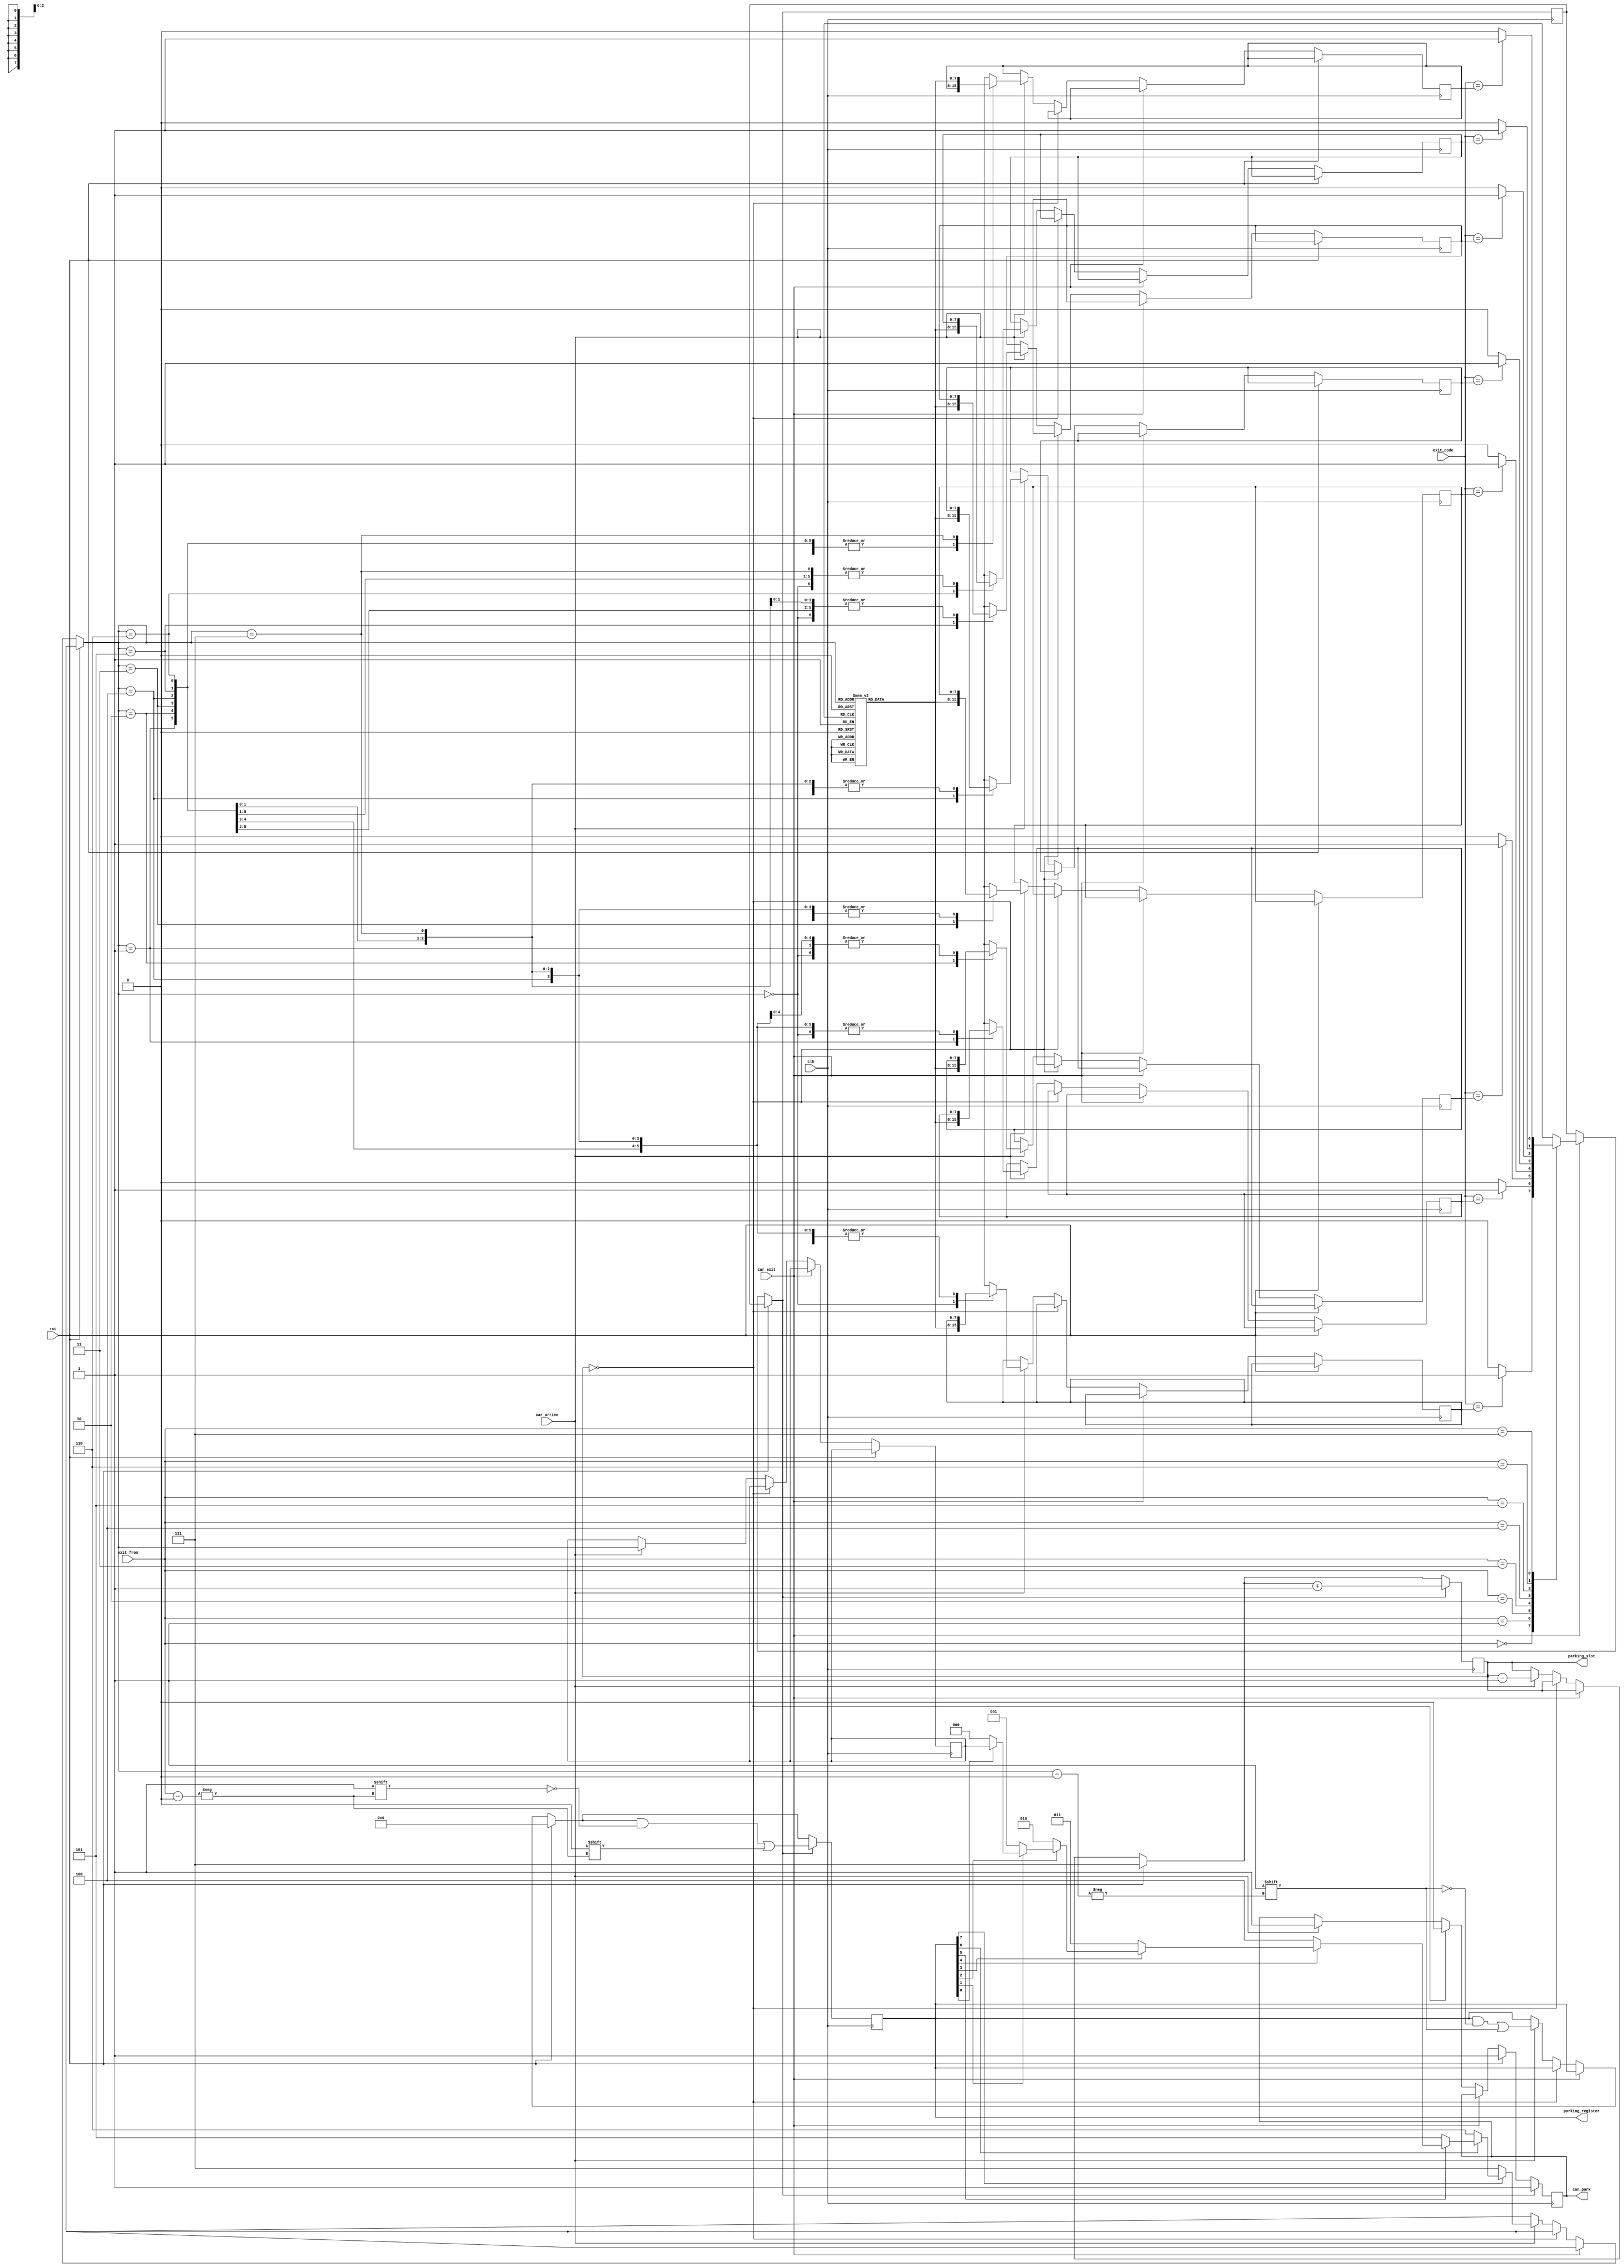
`timescale 1ns / 1ps
//////////////////////////////////////////////////////////////////////////////////
// Company: 
// Engineer: 
// 
// Design Name: 
// Module Name: carparking
// Project Name: 
// Target Devices: 
// Tool Versions: 
// Description: 
// 
// Dependencies: 
// 
// Revision:
// Revision 0.01 - File Created
// Additional Comments:
// 
//////////////////////////////////////////////////////////////////////////////////


module carparking(
 input clk, rst, car_arrive, car_exit,
  input [2:0] exit_from, 
  input [7:0] exit_code, 
  output reg [2:0] parking_slot,
  output reg can_park,  
  output reg [7:0] parking_register
); 
  
  reg [7:0] slot1, slot2, slot3, slot4, slot5, slot6, slot7, slot8;
  reg [2:0] available_spot; 
  reg [7:0] temp; 
  reg match;
  integer i;
  
  always @(posedge clk) begin
    if (rst) begin
      parking_slot = 3'b111;
      can_park = 1;
      parking_register = 8'b0;
    end
    else if (car_exit) begin
      case (exit_from)
        0 : match = exit_code == slot1 ? 1 : 0;
        1 : match = exit_code == slot2 ? 1 : 0;
        2 : match = exit_code == slot3 ? 1 : 0;
        3 : match = exit_code == slot4 ? 1 : 0;
        4 : match = exit_code == slot5 ? 1 : 0;
        5 : match = exit_code == slot6 ? 1 : 0;
        6 : match = exit_code == slot7 ? 1 : 0;
        7 : match = exit_code == slot8 ? 1 : 0;
        default : match = 0;
      endcase
    end
    else if (!parking_slot) 
      can_park = 0;
    
    else if (car_arrive) begin
      parking_slot = parking_slot - 1;
      can_park = 1;      
      for (i = 0; i <= 7; i = i + 1) begin
        if (parking_register[i] == 0)
          available_spot = i;
      end
      parking_register[available_spot] = 1;
      task_code(available_spot, temp);
      case (available_spot)
        0 : slot1 = temp;
        1 : slot2 = temp;
        2 : slot3 = temp;
        3 : slot4 = temp;
        4 : slot5 = temp;
        5 : slot6 = temp;
        6 : slot7 = temp;
        7 : slot8 = temp;
      endcase
    end
    if (match) begin
      parking_slot = parking_slot + 1;
      can_park = 1;
      parking_register[exit_from] = 0;
    end
    else
      parking_slot = parking_slot;
  end
  
  task task_code;
    input [2:0] slot_number;
    output reg [7:0] out;
   
    begin
      case (slot_number)
        0 : out = 1;
        1 : out = 1 + 2;
        2 : out = 1 + 2 + 3;
        3 : out = 1 + 2 + 3 + 5;
        4 : out = 1 + 2 + 3 + 5 + 8;
        5 : out = 1 + 2 + 3 + 5 + 8 + 13;
        6 : out = 1 + 2 + 3 + 5 + 8 + 13 + 21;
        7 : out = 1 + 2 + 3 + 5 + 8 + 13 + 21 + 34;
        default : out = 8'bz;
      endcase
    end
  endtask
endmodule